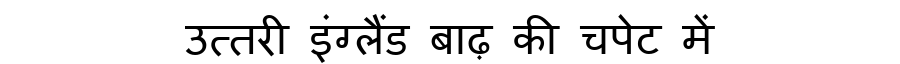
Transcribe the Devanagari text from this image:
उत्तरी इंग्लैंड बाढ़ की चपेट में